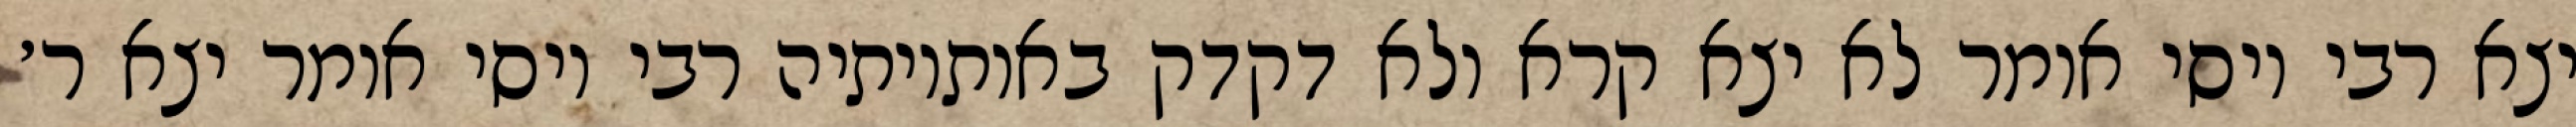
יצא רבי יוסי אומר לא יצא קרא ולא דקדק באותיותיה רבי יוסי אומר יצא ר׳